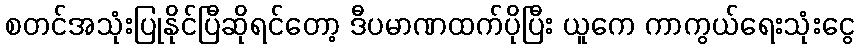
စတင်အသုံးပြုနိုင်ပြီဆိုရင်တော့ ဒီပမာဏထက်ပိုပြီး ယူကေ ကာကွယ်ရေးသုံးငွေ